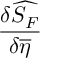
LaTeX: \frac { \delta \widehat { S _ { F } } } { \delta \overline { { { \eta } } } }